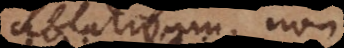
ablativum, non